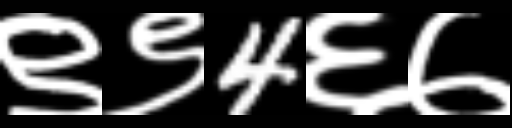
Text: ९९4६७